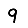
Digit: 9